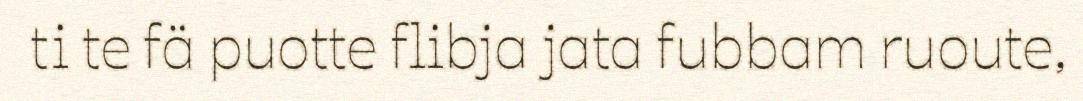
ti te fä puotte flibja jata fubbam ruoute,